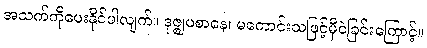
အသက်ကိုပေးနိုင်ပါလျက်။ ဒုဇ္ဈပစာနေ၊ မကောင်းသဖြင့်မှီဝဲခြင်းကြောင့်။